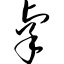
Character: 辜